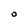
Character: O